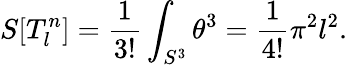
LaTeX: S[T_{l}^{n}]=\frac 1{3!}\int_{S^{3}}\theta^{3}=\frac 1{4!}\pi^{2}l^{2}.